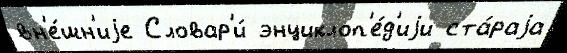
вн'е́шн'иjе Словар'и́ энциклоп'е́д'иjи ста́раjа